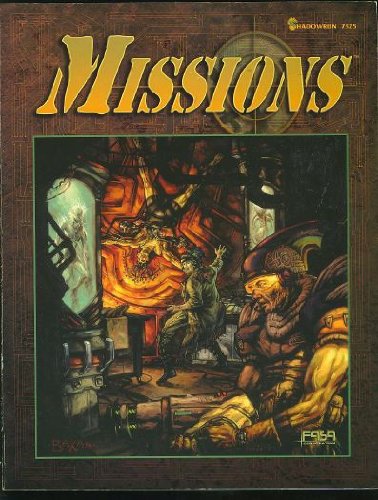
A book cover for Missions (Shadowrun, FAS7325); Zack Bush; Sports & Outdoors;